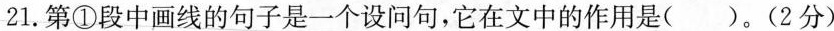
21.第①段中画线的句子是一个设问句，它在文中的作用是( )。(2分)